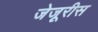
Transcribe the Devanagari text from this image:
जेजूरीस